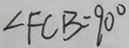
\angle F C B = 9 0 ^ { \circ }